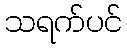
သရက်ပင်